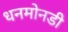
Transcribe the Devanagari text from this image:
धनमोनडी